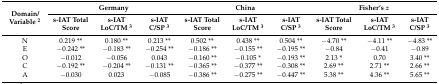
| <ROWSPAN=2> Domain/Variable 2 | <COLSPAN=3> Germany | <COLSPAN=3> China | <COLSPAN=3> Fisher’s z |
 | s-IAT Total Score | s-IAT LoC/TM 3 | s-IAT C/SP 3 | s-IAT Total Score | s-IAT LoC/TM 3 | s-IAT C/SP 3 | s-IAT Total Score | s-IAT LoC/TM 3 | s-IAT C/SP 3 |
 | --- | --- | --- | --- | --- | --- | --- | --- | --- | --- |
 | N | 0.219 ** | 0.180 ** | 0.213 ** | 0.502 ** | 0.438 ** | 0.504 ** | −4.70 ** | −4.11 ** | −4.83 ** |
 | E | −0.242 ** | −0.183 ** | −0.254 ** | −0.186 ** | −0.155 ** | −0.195 ** | −0.84 | −0.41 | −0.89 |
 | O | −0.012 | −0.056 | 0.043 | −0.160 ** | −0.105 * | −0.193 ** | 2.13 * | 0.70 | 3.40 ** |
 | C | −0.192 ** | −0.204 ** | −0.131 ** | −0.365 ** | −0.377 ** | −0.308 ** | 2.69 ** | 2.71 ** | 2.66 ** |
 | A | −0.030 | 0.023 | −0.085 | −0.386 ** | −0.275 ** | −0.447 ** | 5.38 ** | 4.36 ** | 5.65 ** |